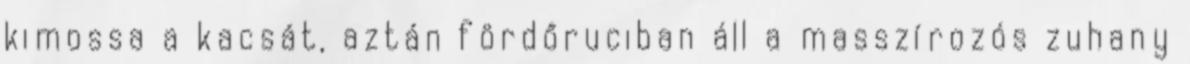
kimossa a kacsát, aztán fördőruciban áll a masszírozós zuhany